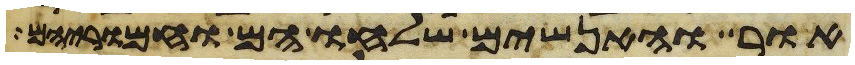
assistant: אור והאנשים שלחו הם וחמריהם